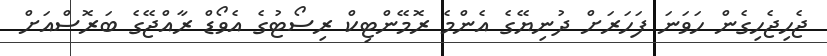
ޖެހިޖެހިގެން ހަވަނަ ފަހަރަށް ދުނިޔޭގެ އެންމެ ރޮމޭންޓިކް ރިސޯޓުގެ އެވޯޑް ރާއްޖޭގެ ބަރޮސްއަށް